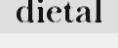
dietal